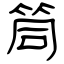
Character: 筒